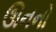
ઊનનો